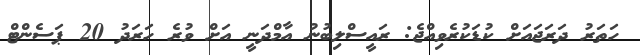
ހަތަރު ދަރަޖައަށް ކުޑަކުރެވިއްޖެ: ރައީސްލިބުނު އާމްދަނީ އަށް ވުރެ ހަރަދު 20 ޕަސެންޓް